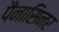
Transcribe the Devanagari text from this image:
पैनासिनर